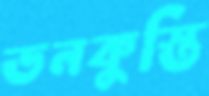
ডনকুস্তি